Annual administration report of the Civil Veterinary Department of India - 1909-1910
Year: 1909
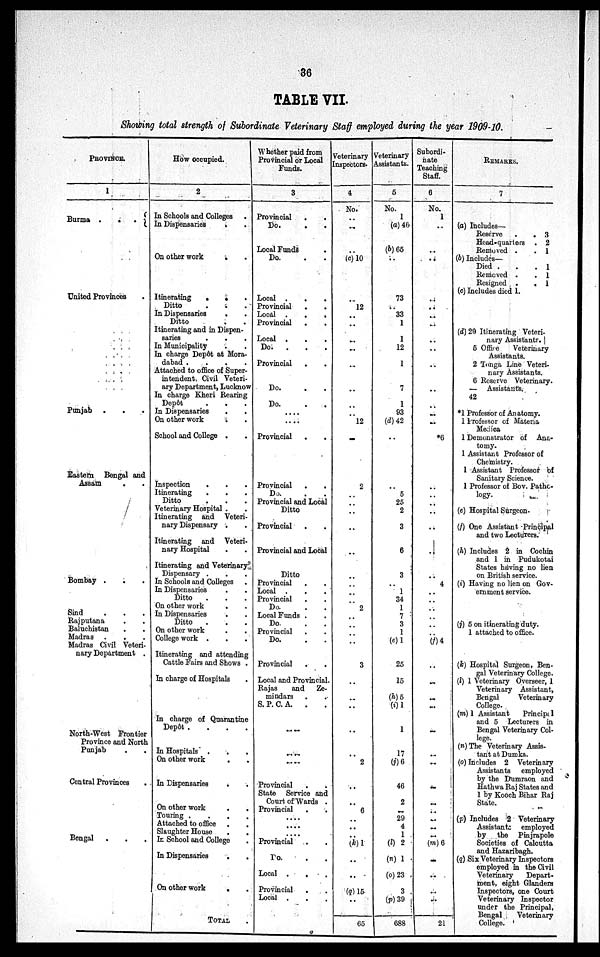
36
TABLE VII.
Showing total strength of Subordinate Veterinary Staff employed during the year 1909-10.
PROVINCE.
1
Burma . . .
United Provinces .
Punjab . . .
Eastern Bengal and
Assam . .
Bombay . . .
Sind . . .
Rajputana . .
Baluchistan . .
Madras . . .
Madras Civil Veteri-
nary Department .
North-West Frontier
Province and North
Punjab. .
Central Provinces .
Bengal . . .
How occupied.
2
In Schools and Colleges .
In Dispensaries
. .
On other work . .
Itinerating . . .
Ditto . . .
In Dispensaries
. .
Ditto . . .
Itinerating and in Dispen-
saries . . .
In Municipality . .
In charge Depôt at Mora¬
dabad .
.
.
.
Attached to office of Super-
intendent, Civil Veteri¬
ary Department, Lucknow
In charge Kheri Rearing
Depôt . . .
In Dispensaries . .
On other work . .
School and College . .
Inspection . . .
Itinerating . . .
Ditto . . .
Veterinary Hospital . .
Itinerating and Veteri-
nary Dispensary .
.
Itinerating and Veteri-
nary Hospital
.
.
Itinerating and Veterinary
Dispensary . . .
In Schools and Colleges .
In Dispensaries . .
Ditto . . .
On other work . .
In Dispensaries . .
Ditto . . .
On other work . . .
College work . . .
Itinerating and attending
Cattle Fairs and Shows .
In charge of Hospitals .
In charge of Quarantine
Depôt .
.
.
.
In Hospitals . . .
On other work . .
In Dispensaries . .
On other work . .
Touring .
.
.
.
Attached to office
.
.
Slaughter House . .
In School and College .
In Dispensaries . .
On other work . .
TOTAL .
Whether paid from
Provincial or Local
Funds.
3
Provincial
. .
Do. . .
Local Funds .
Do. . .
Local .
.
.
Provincial . .
Local .
.
.
Provincial . .
Local . . .
Do.
. . .
Provincial
. .
Do. . . .
Do. . .
....
....
Provincial . .
Provincial . .
Do. . .
Provincial and Local
Ditto
Provincial . .
Provincial and Local
Ditto
Provincial . .
Local . . .
Provincial . .
Do. . .
Local Funds . .
Do. . .
Provincial . .
Do. . .
Provincial . .
Local and Provincial.
Rajas
and
Ze-
mindars . .
S. P. C. A.
. .
....
....
....
Provincial . .
State Service and
Court of Wards .
Provincial . .
....
....
....
Provincial . .
Do. . .
Local . . .
Provincial . .
Local . . .
Veterinary
inspectors.
4
No.
..
...
..
(c) 10
....
12
..
..
..
..
..
..
..
12
...
2
..
..
..
..
..
..
..
..
..
2
..
..
..
..
3
..
..
..
..
..
2
..
..
6
..
..
..
(k) 1
..
..
(q) 15
..
65
Veterinary
Assistants.
5
No.
1
(a) 46
(b) 65
..
73
..
33
..
1
12
1
7
1
93
(d) 42
..
..
5
25
2
3
6
3
..
1
34
1
7
3
1
(e) 1
25
15
(h) 5
(i) 1
1
17
(j) 6
46
2
..
29
4
1
(l) 2
(n) 1
(o) 23
3
(p) 39
688
Subordi-
nate
Teaching
Staff.
6
No.
1
..
..
..
..
..
..
..
..
..
..
..
..
..
*6
..
..
..
..
..
..
4
..
..
..
..
..
..
(f)4
..
..
..
..
..
..
..
..
..
..
..
..
(m) 6
...
..
..
..
21
REMARKS.
7
(a) Includes—
Reserve
.
. 3
Head-quarters . 2
Removed .
. 1
(b) Includes—
Died .
.
. 1
Removed .
. 1
Resigned .
. 1
(c) Includes died 1.
(d) 29 Itinerating Veteri-
nary Assistants.
5 Office
Veterinary
Assistants.
2 Tonga Line Veteri-
nary Assistants.
6 Reserve Veterinary.
— Assistants.
42
*1 Professor of Anatomy.
1 Professor of Materia
Medica
1 Demonstrator of Ana-
tomy-
1 Assistant Professor of
Chemistry.
1 Assistant Professor of
Sanitary Science.
1 Professor of Bov. Patho-
logy.
(e) Hospital Surgeon.
(f) One Assistant Principal
and two Lecturers.
(h) Includes 2 in Cochin
and 1 in Pudukotai
States having no lien
on British service.
(i) Having no lien on Gov-
ernment service.
(j) 5 on itinerating duty.
1 attached to office.
(k) Hospital Surgeon, Ben-
gal Veterinary College.
(l) 1 Veterinary Overseer, 1
Veterinary Assistant,
Bengal
Veterinary
College.
(m) 1 Assistant
Principal
and 5 Lecturers in
Bengal Veterinary Col-
lege.
(n) The Veterinary Assis-
tant at Dumka.
(o) Includes 2 Veterinary
Assistants
employed
by the Dumraon and
Hathwa Raj States and
1 by Kooch Bihar Raj
State.
(p) Includes 2 Veterinary
Assistants employed
by the
Pinjrapole
Societies of Calcutta
and Hazaribagh.
(q) Six Veterinary Inspectors
employed in the Civil
Veterinary
Depart-
ment, eight Glanders
Inspectors, one Court
Veterinary Inspector
under the Principal,
Bengal
Veterinary
College..